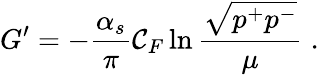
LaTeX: G^{\prime}=-\frac{\alpha_{s}}{\pi}{\cal C}_{F}\ln\frac{\sqrt{p^{+}p^{-}}}{\mu}\; .